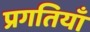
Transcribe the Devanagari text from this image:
प्रगतियाँ